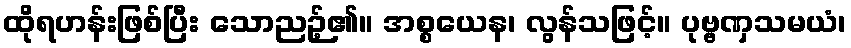
ထိုရဟန်းဖြစ်ပြီး သောညဉ့်၏။ အစ္စယေန၊ လွန်သဖြင့်။ ပုဗ္ဗဏှသမယံ၊